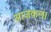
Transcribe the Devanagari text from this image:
आजकल।